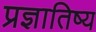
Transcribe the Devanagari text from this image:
प्रज्ञातिष्य